Morphology and life history of Herpetomonas culicis, Novy, MacNeal and Torrey - Number 57
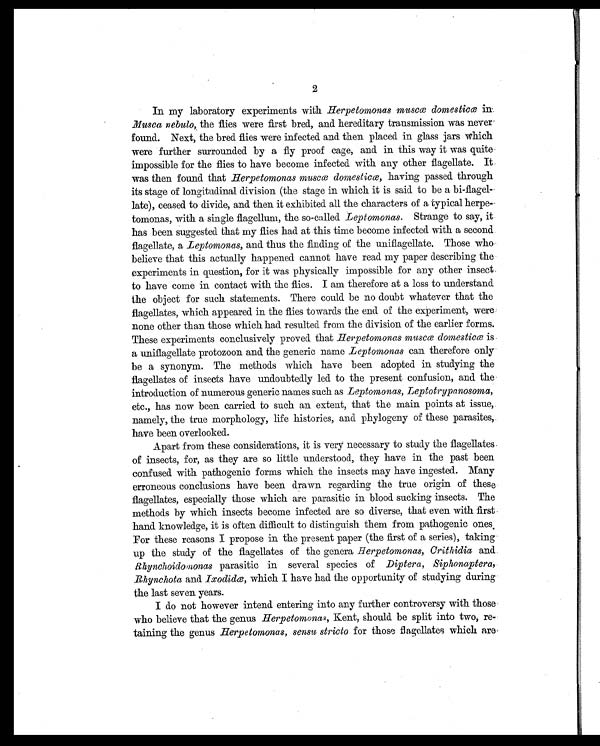
2
In my laboratory experiments with Herpetomonas muscœ domesticœ in.
.Musca nebulo, the flies were first bred, and hereditary transmission was never
found. Next, the bred flies were infected and then placed in glass jars which
were further surrounded by a fly proof cage, and in this way it was quite
impossible for the flies to have become infected with any other flagellate. It
was then found that Herpetomonas muscæ domesticæ, having passed through
its stage of longitudinal division (the stage in which it is said to be a bi-flagel-
late), ceased to divide, and then it exhibited all the characters of a typical herpe-
tomonas, with a single flagellum, the so-called Leptomonas. Strange to say, it
has been suggested that my flies had at this time become infected with a second
flagellate, a Leptomonas, and thus the finding of the uniflagellate. Those who
believe that this actually happened cannot have read my paper describing the
experiments in question, for it was physically impossible for any other insect
to have come in contact with the flies. I am therefore at a loss to understand
the object for such statements. There could be no doubt whatever that the
flagellates, which appeared in the flies towards the end of the experiment, were
none other than those which had resulted from the division of the earlier forms.
These experiments conclusively proved that Herpetomonas muscæ domesticæ is
a uniflagellate protozoon and the generic name Leptomonas can therefore only
be a synonym. The methods which have been adopted in studying the
flagellates of insects have undoubtedly led to the present confusion, and the
introduction of numerous generic names such as Leptomonas, Leptotrypanosoma,
etc., has now been carried to such an extent, that the main points at issue,
namely, the true morphology, life histories, and phylogeny of these parasites,
have been overlooked.
Apart from these considerations, it is very necessary to study the flagellates-
of insects, for, as they are so little understood, they have in the past been
confused with pathogenic forms which the insects may have ingested. Many
erroneous conclusions have been drawn regarding the true origin of these
flagellates, especially those which are parasitic in blood sucking insects. The
methods by which insects become infected are so diverse, that even with first
hand knowledge, it is often difficult to distinguish them from pathogenic ones
For these reasons I propose in the present paper (the first of a series), taking
up the study of the flagellates of the genera Herpetomonas, Crithidia and
Rhynchoidomonas parasitic in several species of Diptera, Siphonaptera,
Rhynchota and Ixodidæ, which I have had the opportunity of studying during
the last seven years.
I do not however intend entering into any further controversy with those
who believe that the genus Herpetomonas, Kent, should be split into two, re
-taining the genus Herpetomonas, sensu stricto for those flagellates which are-